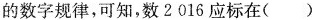
的数字规律，可知，数2016应标在( )